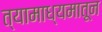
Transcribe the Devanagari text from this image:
त्यामाध्यमातून